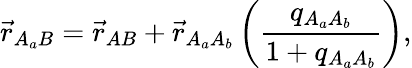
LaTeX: \vec{r}_{A_{a}B}=\vec{r}_{AB}+\vec{r}_{A_{a}A_{b}}\left(\frac{q_{A_{a}A_{b}}}{1+q_{A_{a}A_{b}}}\right),